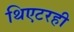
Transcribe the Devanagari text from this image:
थिएटरही